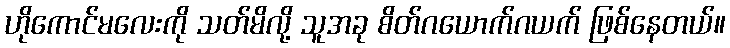
ဟိုကောင်မလေးကို သတ်မိလို့ သူအခု စိတ်ဂယောက်ဂယက် ဖြစ်နေတယ်။